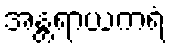
အန္တရာယကရံ